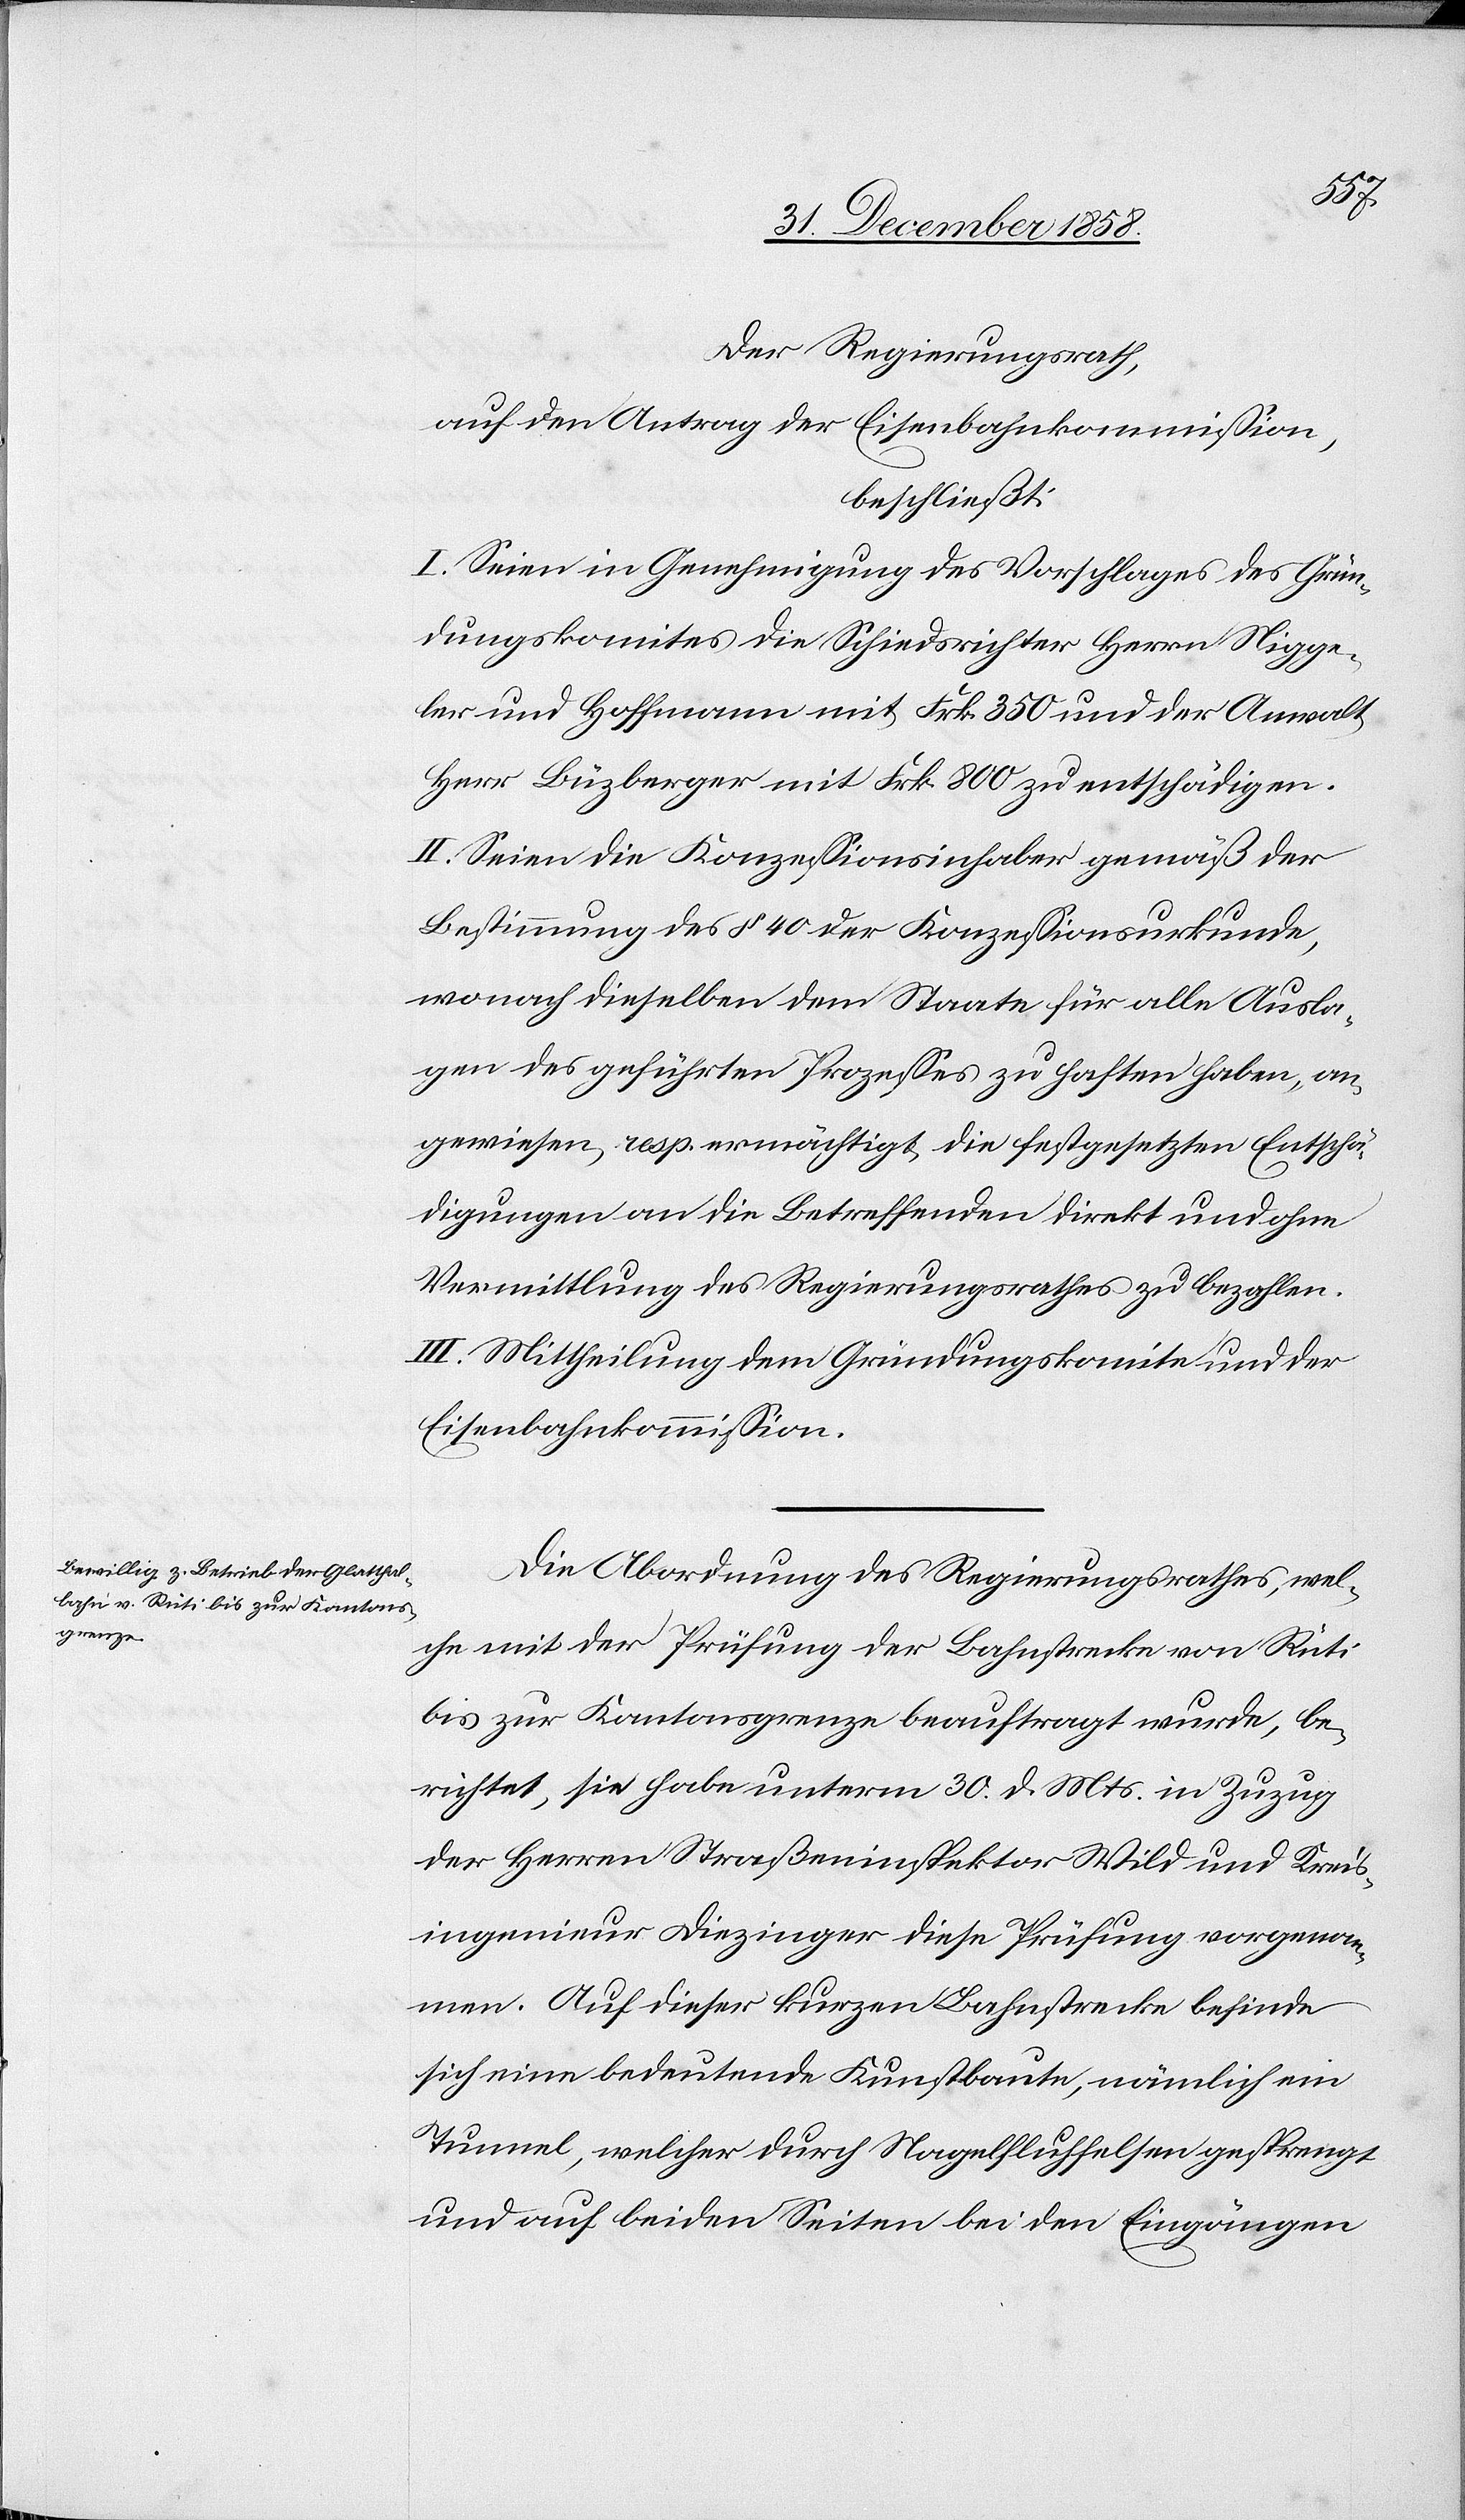
gungen,

der
20. Dezember 1853
des Regierungsrathes
auf den Antrag der Eisenbahnkommission
beschließt: